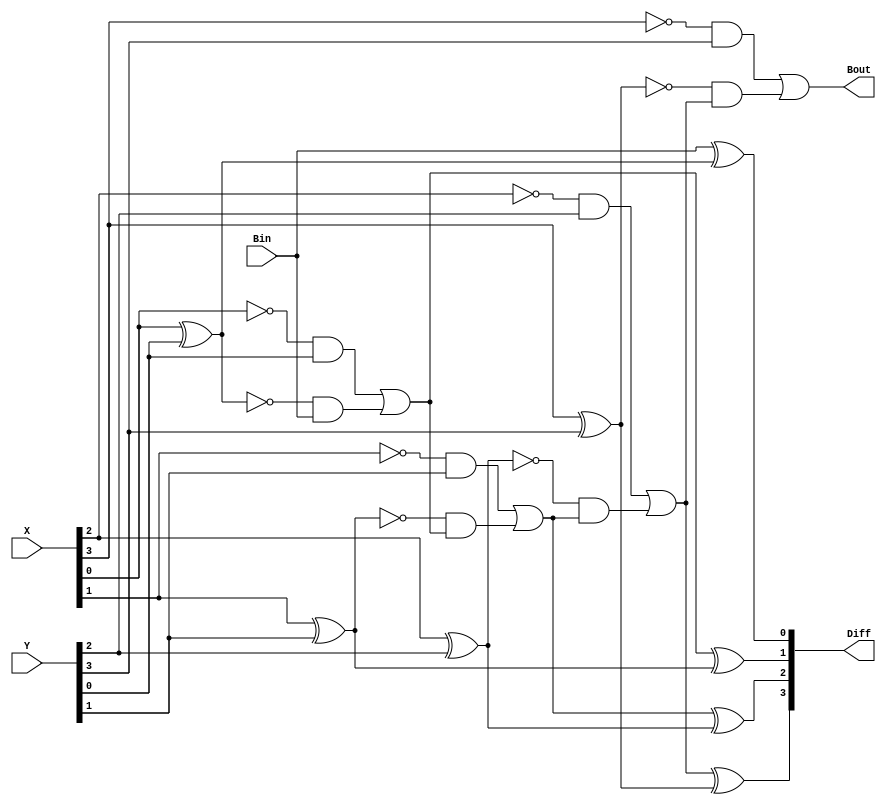
module Lab2_borrow_lookahead_sub (output [3:0] Diff, output Bout, input [3:0] X, Y, input Bin);
wire B1,B2,B3,G1,G2,G3,G4,P1,P2,P3,P4;
assign P1 = X[0]^Y[0];
assign G1 = !X[0]&&Y[0];
assign Diff[0] = Bin^P1;
assign B1 = G1 ||!P1 && Bin ;
assign P2 = X[1]^Y[1];
assign G2 = !X[1] &&Y[1];
assign Diff[1] = B1^P2;
assign B2 = G2|| !P2 && B1; 
assign P3 = X[2]^Y[2];
assign G3 = !X[2] &&Y[2];
assign Diff[2] = B2^P3;
assign B3 = G3|| !P3 && B2;
assign P4 = X[3]^Y[3];
assign G4 = !X[3] &&Y[3];
assign Diff[3] = B3^P4;
assign Bout = G4|| !P4 && B3;  
endmodule